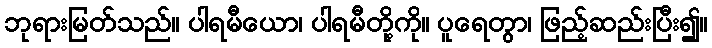
ဘုရားမြတ်သည်။ ပါရမီယော၊ ပါရမီတို့ကို။ ပူရေတွာ၊ ဖြည့်ဆည်းပြီး၍။